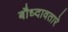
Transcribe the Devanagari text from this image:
बौध्दावतारे